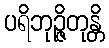
ပရိဘုဉ္ဇိတုန္တိ